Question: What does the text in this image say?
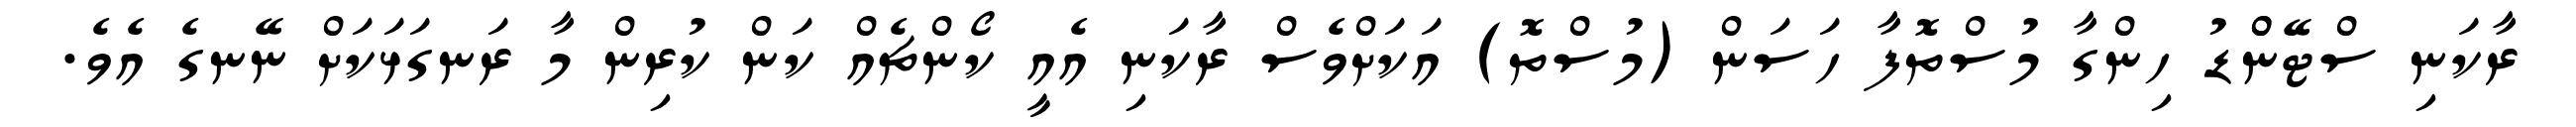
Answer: ރާކަނި ސްޓޭންްޑު ހިންގާ މުސްތޮފާ ހަސަން (މުސްތޮ) އަކަށްވެސް ރާކަނި އެއީ ކޯންޗެއް ކަން ކުރިން މާ ރަނގަޅަކަށް ނޭނގެ އެވެ.